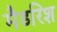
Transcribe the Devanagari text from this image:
मैडरिश